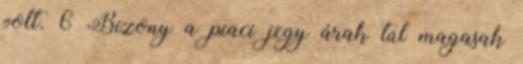
volt. 6 Bizony a piaci jegy árak túl magasak